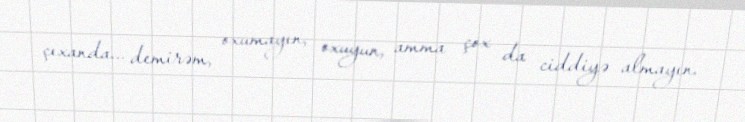
çıxanda... demirəm, oxumayın, oxuyun, amma çox da ciddiyə almayın.